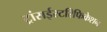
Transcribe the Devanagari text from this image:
ट्रांसईस्टरिफिकेशन